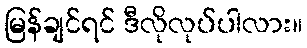
မြန်ချင်ရင် ဒီလိုလုပ်ပါလား။